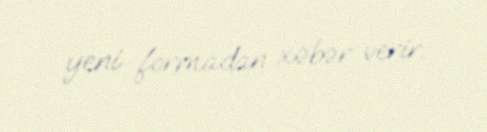
yeni formadan xəbər verir.